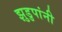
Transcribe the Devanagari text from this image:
झुडुपांनी